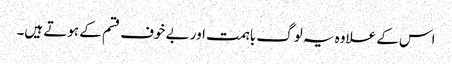
اس کے علاوہ یہ لوگ باہمت اور بے خوف قسم کے ہوتے ہیں۔